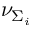
\nu _ { \Sigma _ { i } }